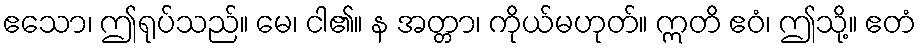
ဧသော၊ ဤရုပ်သည်။ မေ၊ ငါ၏။ န အတ္တာ၊ ကိုယ်မဟုတ်။ ဣတိ ဧဝံ၊ ဤသို့။ ဧတံ